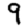
Digit: 9